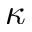
\kappa